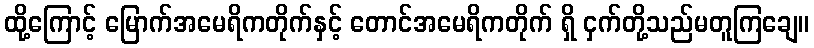
ထို့ကြောင့် မြောက်အမေရိကတိုက်နှင့် တောင်အမေရိကတိုက် ရှိ ငှက်တို့သည်မတူကြချေ။